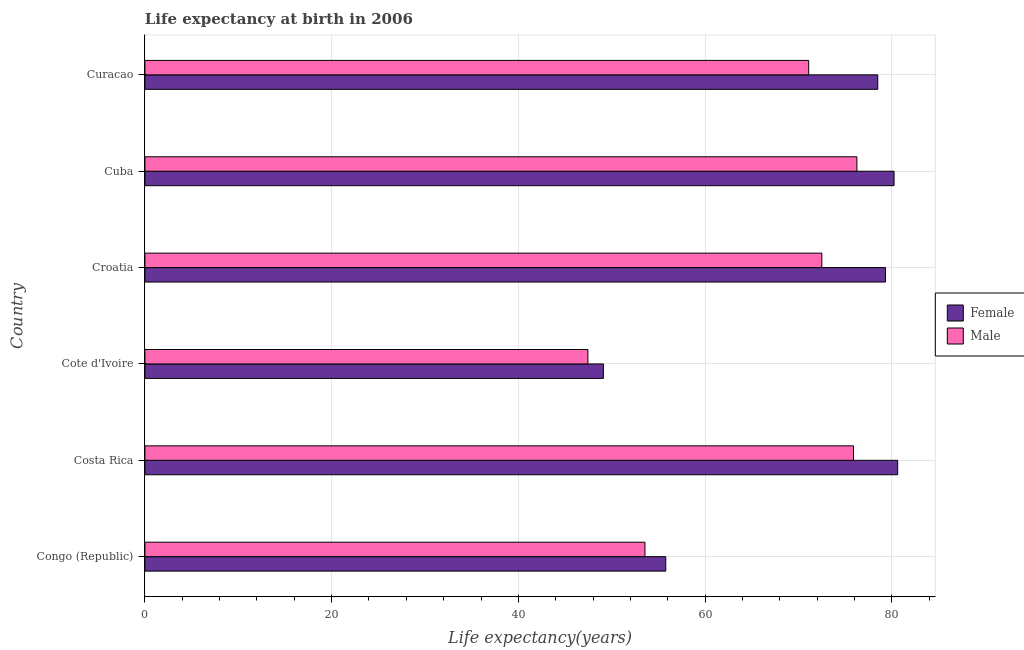
| Country | Female | Male |
 | --- | --- | --- |
 | Congo (Republic) | 55.8 | 53.6 |
 | Costa Rica | 80.6 | 75.9 |
 | Cote d'Ivoire | 49.1 | 47.4 |
 | Croatia | 79.3 | 72.5 |
 | Cuba | 80.2 | 76.3 |
 | Curacao | 78.5 | 71.1 |